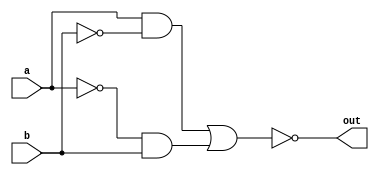
module top(a, b, out);
input a, b;
output out;
wire w1, w2, w3, w4, w5;

assign w1 = ~b;
assign w2 = a & w1;
assign w3 = ~a;
assign w4 = w3 & b;
assign w5 = w2 | w4;
assign out = ~w5;

endmodule